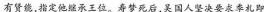
有贤能，指定他继承王位。寿梦死后，吴国人坚决要求季札即